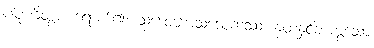
ပါပုဏိတွာ၊ ရောက်၍။ သဒေဝကေသဒေဝကဿ၊ နတ်နှင့်တကွသော